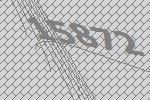
15872